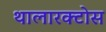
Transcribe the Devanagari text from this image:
थालारक्टोस